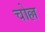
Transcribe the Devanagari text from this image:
चोल्ल